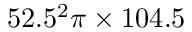
5 2 . 5 ^ { 2 } \pi \times 1 0 4 . 5